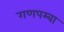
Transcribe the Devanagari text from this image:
गणपम्बा